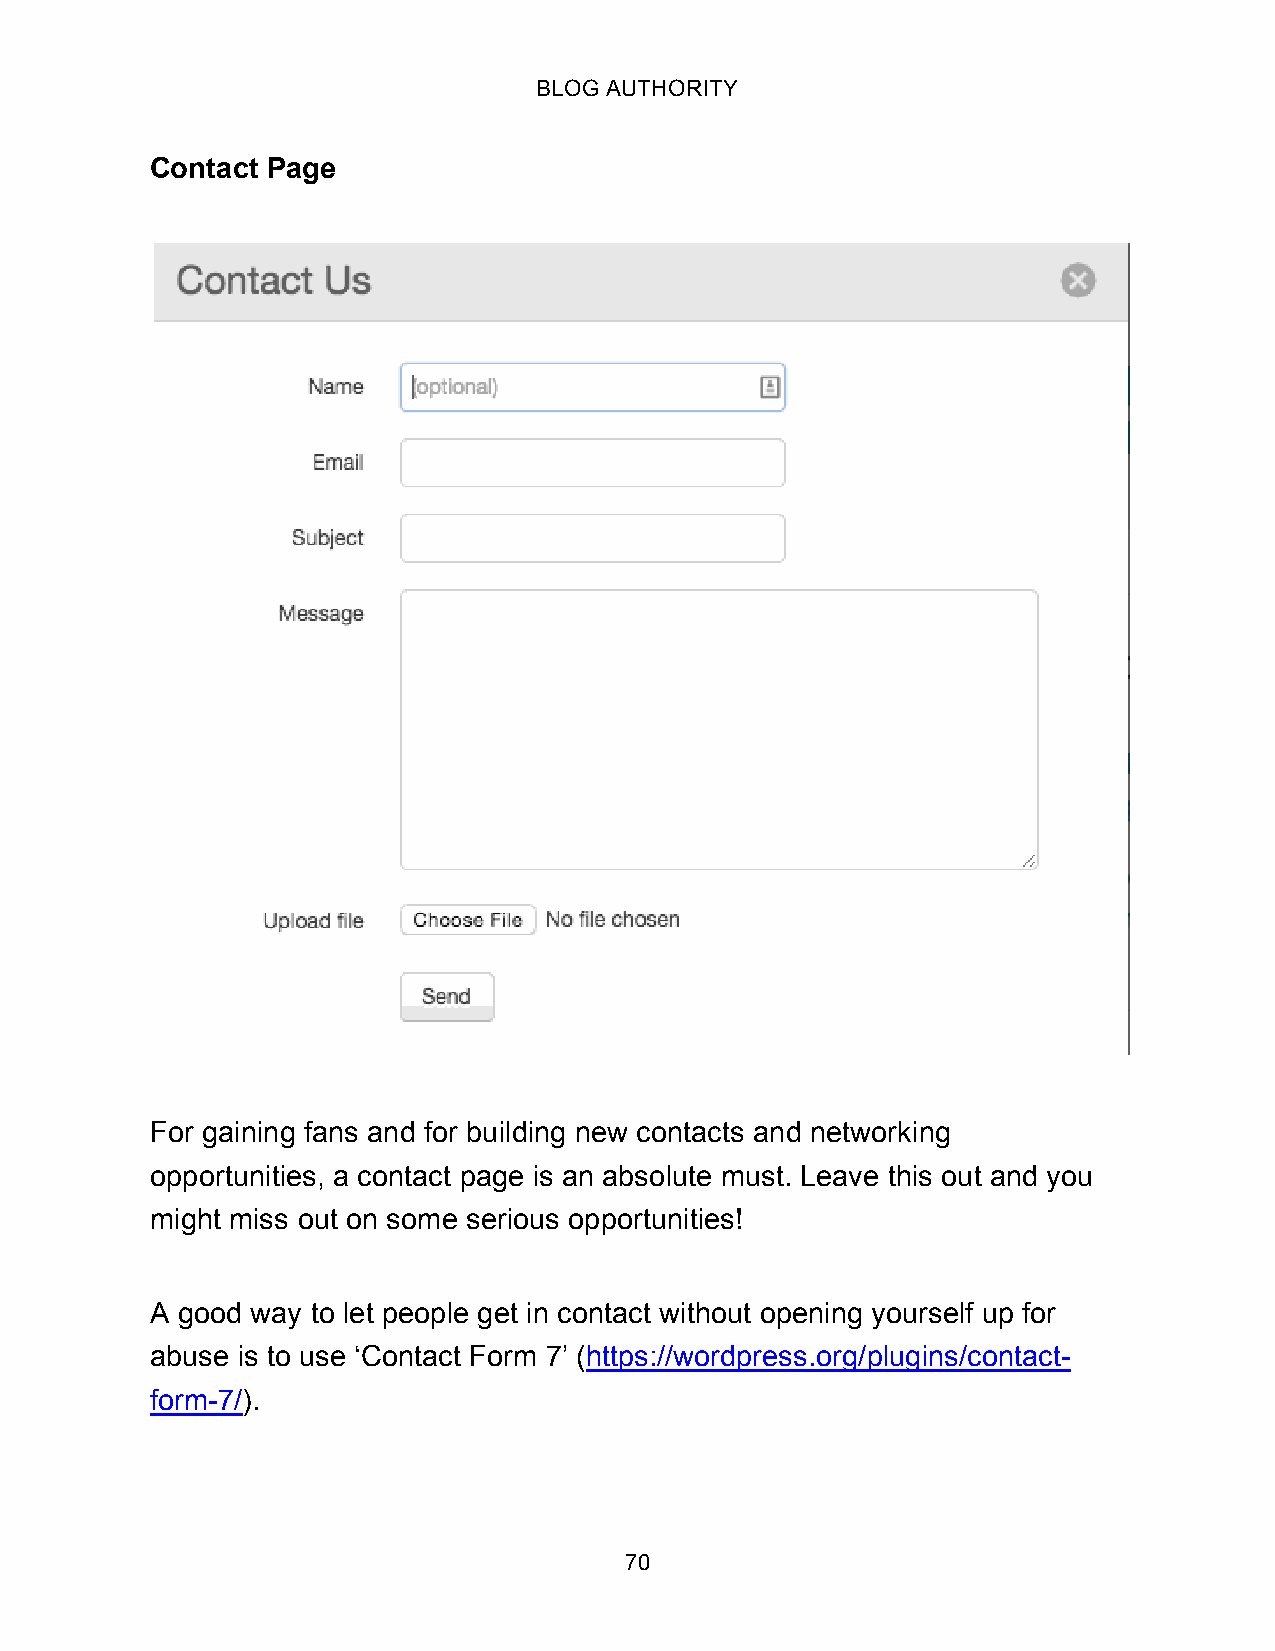
BLOG AUTHORITY
 Contact Page
 For gaining fans and for building new contacts and networking
 opportunities, a contact page is an absolute must. Leave this out and you
 might miss out on some serious opportunities!
 A good way to let people get in contact without opening yourself up for
 abuse is to use ‘Contact Form 7’ (https://wordpress.org/plugins/contact-
 form-7/).
 70